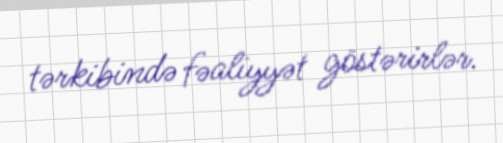
tərkibində fəaliyyət göstərirlər.